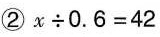
②$$x \div 0 . 6 = 4 2$$